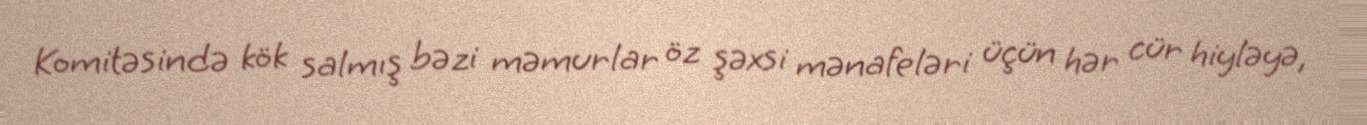
Komitəsində kök salmış bəzi məmurlar öz şəxsi mənafeləri üçün hər cür hiyləyə,